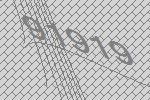
91919